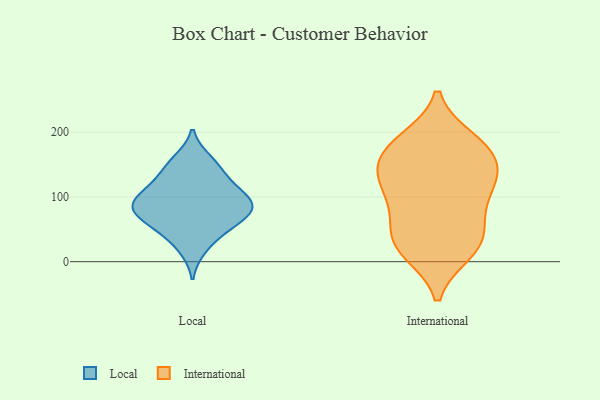
{"axis": {"x": "Backlog", "y": "Value"}, "legend": ["International", "Local"], "data": [{"x": "", "y": 86, "type": "Local"}, {"x": "", "y": 123, "type": "Local"}, {"x": "", "y": 83, "type": "Local"}, {"x": "", "y": 74, "type": "Local"}, {"x": "", "y": 50, "type": "Local"}, {"x": "", "y": 158, "type": "Local"}, {"x": "", "y": 19, "type": "Local"}, {"x": "", "y": 102, "type": "Local"}, {"x": "", "y": 48, "type": "Local"}, {"x": "", "y": 103, "type": "Local"}, {"x": "", "y": 80, "type": "Local"}, {"x": "", "y": 66, "type": "Local"}, {"x": "", "y": 150, "type": "Local"}, {"x": "", "y": 95, "type": "Local"}, {"x": "", "y": 130, "type": "Local"}, {"x": "", "y": 21, "type": "International"}, {"x": "", "y": 23, "type": "International"}, {"x": "", "y": 150, "type": "International"}, {"x": "", "y": 71, "type": "International"}, {"x": "", "y": 165, "type": "International"}, {"x": "", "y": 36, "type": "International"}, {"x": "", "y": 54, "type": "International"}, {"x": "", "y": 98, "type": "International"}, {"x": "", "y": 143, "type": "International"}, {"x": "", "y": 188, "type": "International"}, {"x": "", "y": 129, "type": "International"}, {"x": "", "y": 112, "type": "International"}, {"x": "", "y": 119, "type": "International"}, {"x": "", "y": 15, "type": "International"}, {"x": "", "y": 181, "type": "International"}, {"x": "", "y": 181, "type": "International"}]}